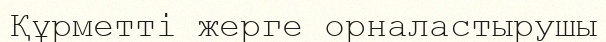
Құрметті жерге орналастырушы